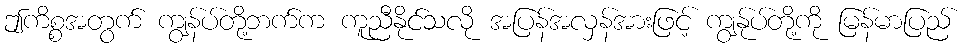
ဤကိစ္စအတွက် ကျွန်ပ်တို့ဘက်က ကူညီနိုင်သလို အပြန်အလှန်အားဖြင့် ကျွန်ုပ်တို့ကို မြန်မာပြည်